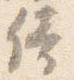
倚